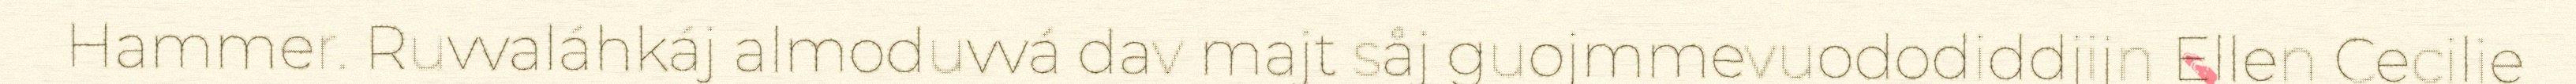
Hammer. Ruvvaláhkáj almoduvvá dav majt såj guojmmevuododiddjijn Ellen Cecilie